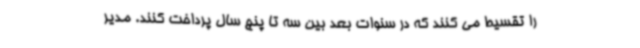
را تقسیط می کنند که در سنوات بعد بین سه تا پنج سال پرداخت کنند. مدیر